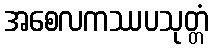
အစေလကဿပသုတ္တံ